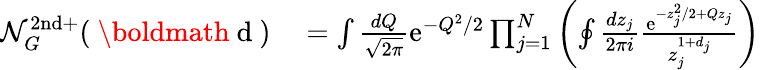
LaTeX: \begin{array}{rl}{\mathcal{N}_{G}^{\mathrm{2nd+}}(\mathrm{~\boldmath~d~})}&{{}=\int\frac{dQ}{\sqrt{2\pi}}\mathrm{e}^{-Q^{2}/2}\prod_{j=1}^{N}\left(\oint\frac{dz_{j}}{2\pi i}\frac{\mathrm{e}^{-z_{j}^{2}/2+Qz_{j}}}{z_{j}^{1+d_{j}}}\right)}\end{array}